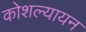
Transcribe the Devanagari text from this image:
कोशल्यायन